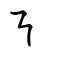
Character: ㇎